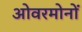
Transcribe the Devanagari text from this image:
ओवरमोनों